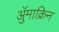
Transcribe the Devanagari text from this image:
ॲुमाक्रिन